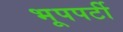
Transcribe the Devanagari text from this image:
भूपपर्टी